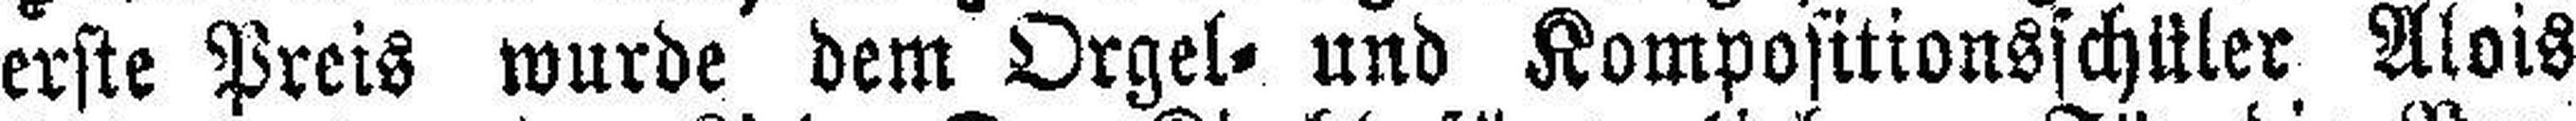
erste Preis wurde dem Orgel- und Kompositionsschüler Alois